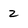
Character: 2